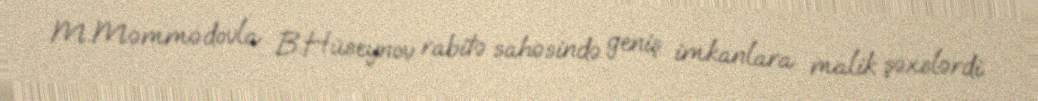
M.Məmmədovla B.Hüseynov rabitə sahəsində geniş imkanlara malik şəxslərdi.